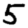
Digit: 5